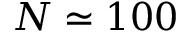
N \simeq 1 0 0